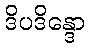
ဒိပဒိန္ဒော